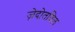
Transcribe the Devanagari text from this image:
ज़ेदोतविल